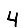
Digit: 4